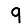
Digit: 9